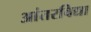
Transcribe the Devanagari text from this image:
आंतरविद्या